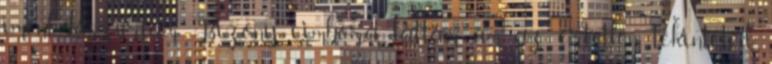
imént kiszúrtam. Bizony, cimbora, láttam ám az értetlen tekinteted,